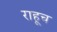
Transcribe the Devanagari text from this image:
राहूच